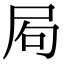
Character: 𡱈